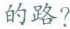
的路?